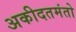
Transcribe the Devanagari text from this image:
अकीदतमंतो